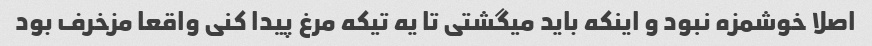
اصلا خوشمزه نبود و اینکه باید میگشتی تا یه تیکه مرغ پیدا کنی واقعا مزخرف بود